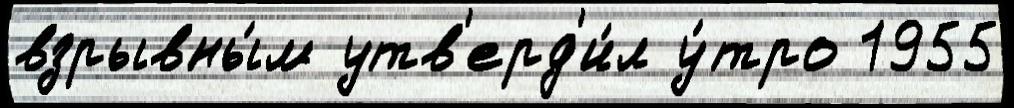
взрывны́м утв'ерд'и́л у́тро 1955